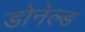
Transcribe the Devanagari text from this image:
डोनेल्ड